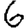
Digit: 6